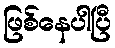
ဖြစ်နေပါပြီ